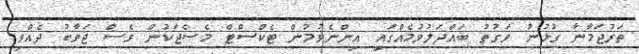
ތަރުޖަމާނާ ގުޅުނު ވަގުތު ބައްދަލުވުމެއްގައި އިންނެވުމުން ޓެކްސްޓް މެސެޖަކުން ވެސް ޖަވާބު ދެއްވި